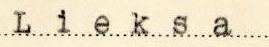
Lieksa